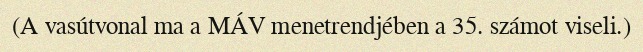
(A vasútvonal ma a MÁV menetrendjében a 35. számot viseli.)